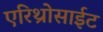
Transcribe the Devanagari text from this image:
एरिथ्रोसाईट